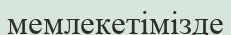
мемлекетімізде